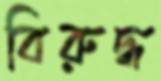
বিরুদ্ধ